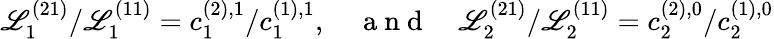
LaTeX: \mathscr{L}_{1}^{(21)}/\mathscr{L}_{1}^{(11)}=c_{1}^{(2),1}/c_{1}^{(1),1},\quad\mathrm{~a~n~d~}\quad\mathscr{L}_{2}^{(21)}/\mathscr{L}_{2}^{(11)}=c_{2}^{(2),0}/c_{2}^{(1),0}